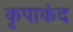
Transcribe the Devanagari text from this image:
कृपाकंद